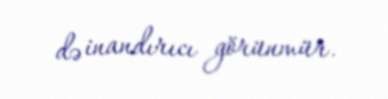
də inandırıcı görünmür.